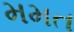
મમત